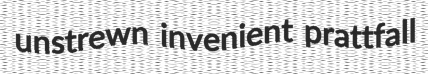
unstrewn invenient prattfall